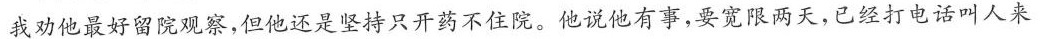
我劝他最好留院观察，但他还是坚持只开药不住院。他说他有事，要宽限两天，已经打电话叫人来